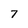
Character: 7